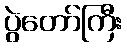
ပွဲတော်ကြီး